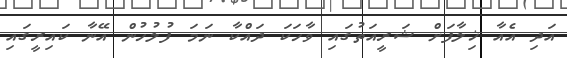
އަދި އެއާ ޚިލާފަށް ޝަރީއަތުގައި ވާހަކަ ދައްކާ ނަމަ ފުލުހުން އޭނާ ކައިރީގައި